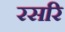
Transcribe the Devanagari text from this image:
रसरि